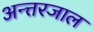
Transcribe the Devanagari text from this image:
अन्त्तरजाल